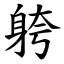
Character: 䠸